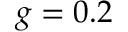
g = 0 . 2